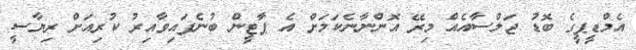
އެމްޑީޕީގެ ބޮޑު ޖަލްސާއެއް މިރޭ އޮންނާނެކަމަށް އެ ޕާޓީން ބުނެފައިވާއިރު ކުރިއަށް ރިޔާސީ